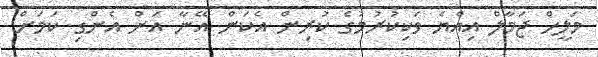
މަލީހް ޖަމާލް އިއްޔެ ވަކިކުރުމުގެ ކުރިން އެކަން އޭނާ އަށް އެންގި ކަމަށް